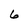
Character: 6